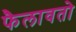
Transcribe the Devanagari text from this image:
फैलावतो